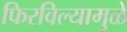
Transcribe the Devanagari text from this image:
फिरविल्यामुळे